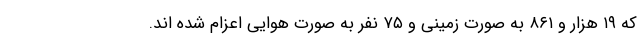
که ۱۹ هزار و ۸۶۱ به صورت زمینی و ۷۵ نفر به صورت هوایی اعزام شده اند.